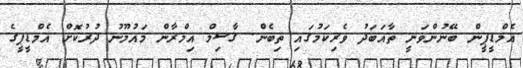
އެމްޑީޕީން ބޭނުންވަނީ ތާއަބަދު ވެރިކަމުގައި ތިބެން. ގާސިމް އިމްރާން މައުމޫނު ދުރުކޮށް އެމްޑީޕީގެ